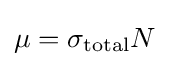
\mu =\sigma _{\text{total}}N